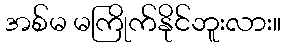
အစ်မ မကြိုက်နိုင်ဘူးလား။